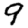
Digit: 9